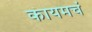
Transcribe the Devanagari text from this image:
कायमचं